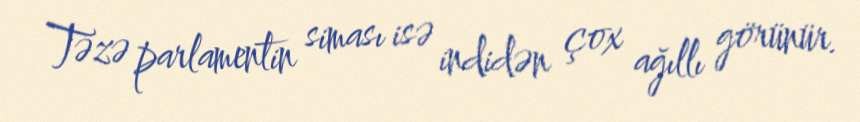
Təzə parlamentin siması isə indidən çox ağıllı görünür.